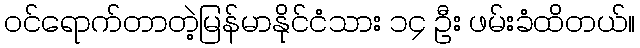
ဝင်ရောက်တာတဲ့မြန်မာနိုင်ငံသား ၁၄ ဦး ဖမ်းခံထိတယ်။